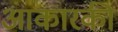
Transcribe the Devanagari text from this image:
आकारकी